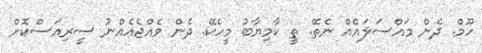
ހޫމް. ދެން މައްސަލައެއް ނެތޭ. ތީ ކާމިޔާބު މީހެކޭ. ދެން ވެއްޖެއެއްނު ސީރިއަސްކޮށް